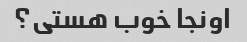
اونجا خوب هستی؟